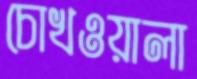
চোখওয়ালা